Scientific memoirs by medical officers of the Army of India - Part X,
Year: 1897
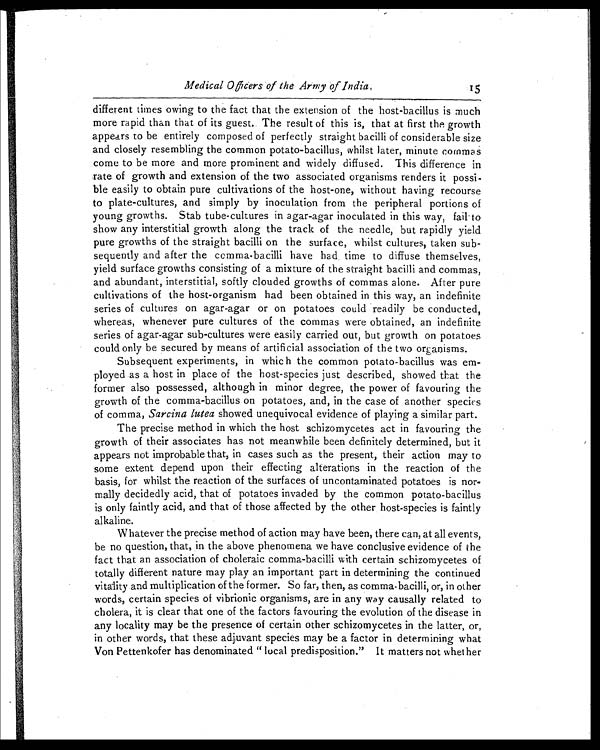
Medical Officers of the Army of India, 15
different times owing to the fact that the extension of the host-bacillus is much
more rapid than that of its guest. The result of this is, that at first the growth
appears to be entirely composed of perfectly straight bacilli of considerable size
and closely resembling the common potato-bacillus, whilst later, minute commas
come to be more and more prominent and widely diffused. This difference in
rate of growth and extension of the two associated organisms renders it possi-
ble easily to obtain pure cultivations of the host-one, without having recourse
to plate-cultures, and simply by inoculation from the peripheral portions of
young growths. Stab tube-cultures in agar-agar inoculated in this way, fail to
show any interstitial growth along the track of the needle, but rapidly yield
pure growths of the straight bacilli on the surface, whilst cultures, taken sub
-sequently and after the comma-bacilli have had time to diffuse themselves,
yield surface growths consisting of a mixture of the straight bacilli and commas,
and abundant, interstitial, softly clouded growths of commas alone. After pure
cultivations of the host-organism had been obtained in this way, an indefinite
series of cultures on agar-agar or on potatoes could readily be conducted,
whereas, whenever pure cultures of the commas were obtained, an indefinite
series of agar-agar sub-cultures were easily carried out, but growth on potatoes
could only be secured by means of artificial association of the two organisms.
Subsequent experiments, in which the common potato-bacillus was em
- p l o y e d a s a h o s t i n p l a c e o f t h e h o s t - s p e c i e s j u s t d e s c r i b e d , s h o w e d t h a t t h e
former also possessed, although in minor degree, the power of favouring the
growth of the comma-bacillus on potatoes, and, in the case of another species
of comma, Sarcina lutea showed unequivocal evidence of playing a similar part.
The precise method in which the host schizomycetes act in favouring the
growth of their associates has not meanwhile been definitely determined, but it
appears not improbable that, in cases such as the present, their action may to
some extent depend upon their effecting alterations in the reaction of the
basis, for whilst the reaction of the surfaces of uncontaminated potatoes is nor
- m a l l y d e c i d e d l y a c i d , t h a t o f p o t a t o e s i n v a d e d b y t h e c o m m o n p o t a t o - b a c i l l u s
is only faintly acid, and that of those affected by the other host-species is faintly
alkaline.
Whatever the precise method of action may have been, there can, at all events,
be no question, that, in the above phenomena we have conclusive evidence of the
fact that an association of choleraic comma-bacilli with certain schizomycetes of
totally different nature may play an important part in determining the continued
vitality and multiplication of the former. So far, then, as comma-bacilli, or, in other
words, certain species of vibrionic organisms, are in any way causally related to
cholera, it is clear that one of the factors favouring the evolution of the disease in
any locality may be the presence of certain other schizomycetes in the latter, or,
in other words, that these adjuvant species may be a factor in determining what
Von. Pettenkofer has denominated " local predisposition." It matters not whether